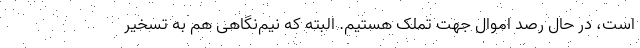
است، در حال رصد اموال جهت تملک هستیم. البته که نیم‌نگاهی هم به تسخیر